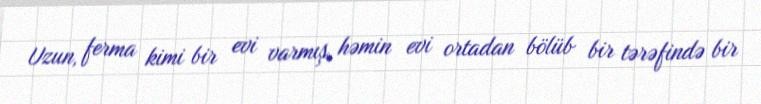
Uzun, ferma kimi bir evi varmış, həmin evi ortadan bölüb bir tərəfində bir